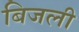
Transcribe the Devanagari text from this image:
बिजली